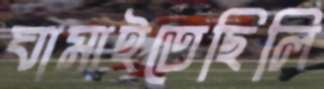
ঘামাইতেছিলি